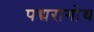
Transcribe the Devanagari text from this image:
पद्मरागोथ